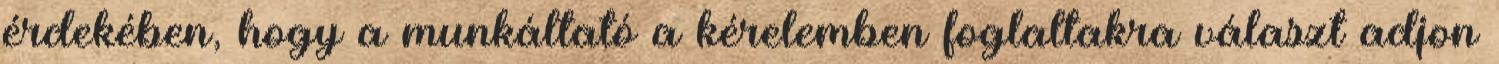
érdekében, hogy a munkáltató a kérelemben foglaltakra választ adjon